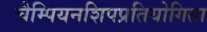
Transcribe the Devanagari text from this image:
चैम्पियनशिपप्रतियोगिता